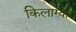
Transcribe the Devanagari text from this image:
किलाग्या